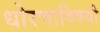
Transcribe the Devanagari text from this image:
धोरणाविषयी